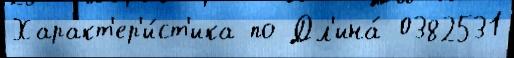
Характ'ер'и́ст'ика по Дл'ина́ 0382531